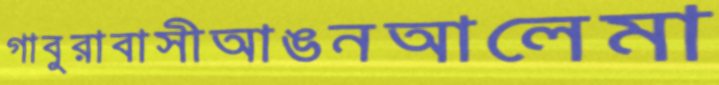
গাবুরাবাসীআঙনআলেমা